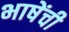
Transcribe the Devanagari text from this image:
भाषेंची